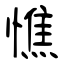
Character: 憔